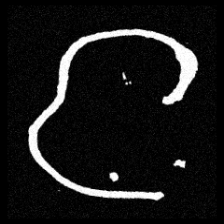
Pyu character \u2014 Myanmar letter: င (romanized: nga)